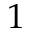
1